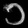
Digit: ၁